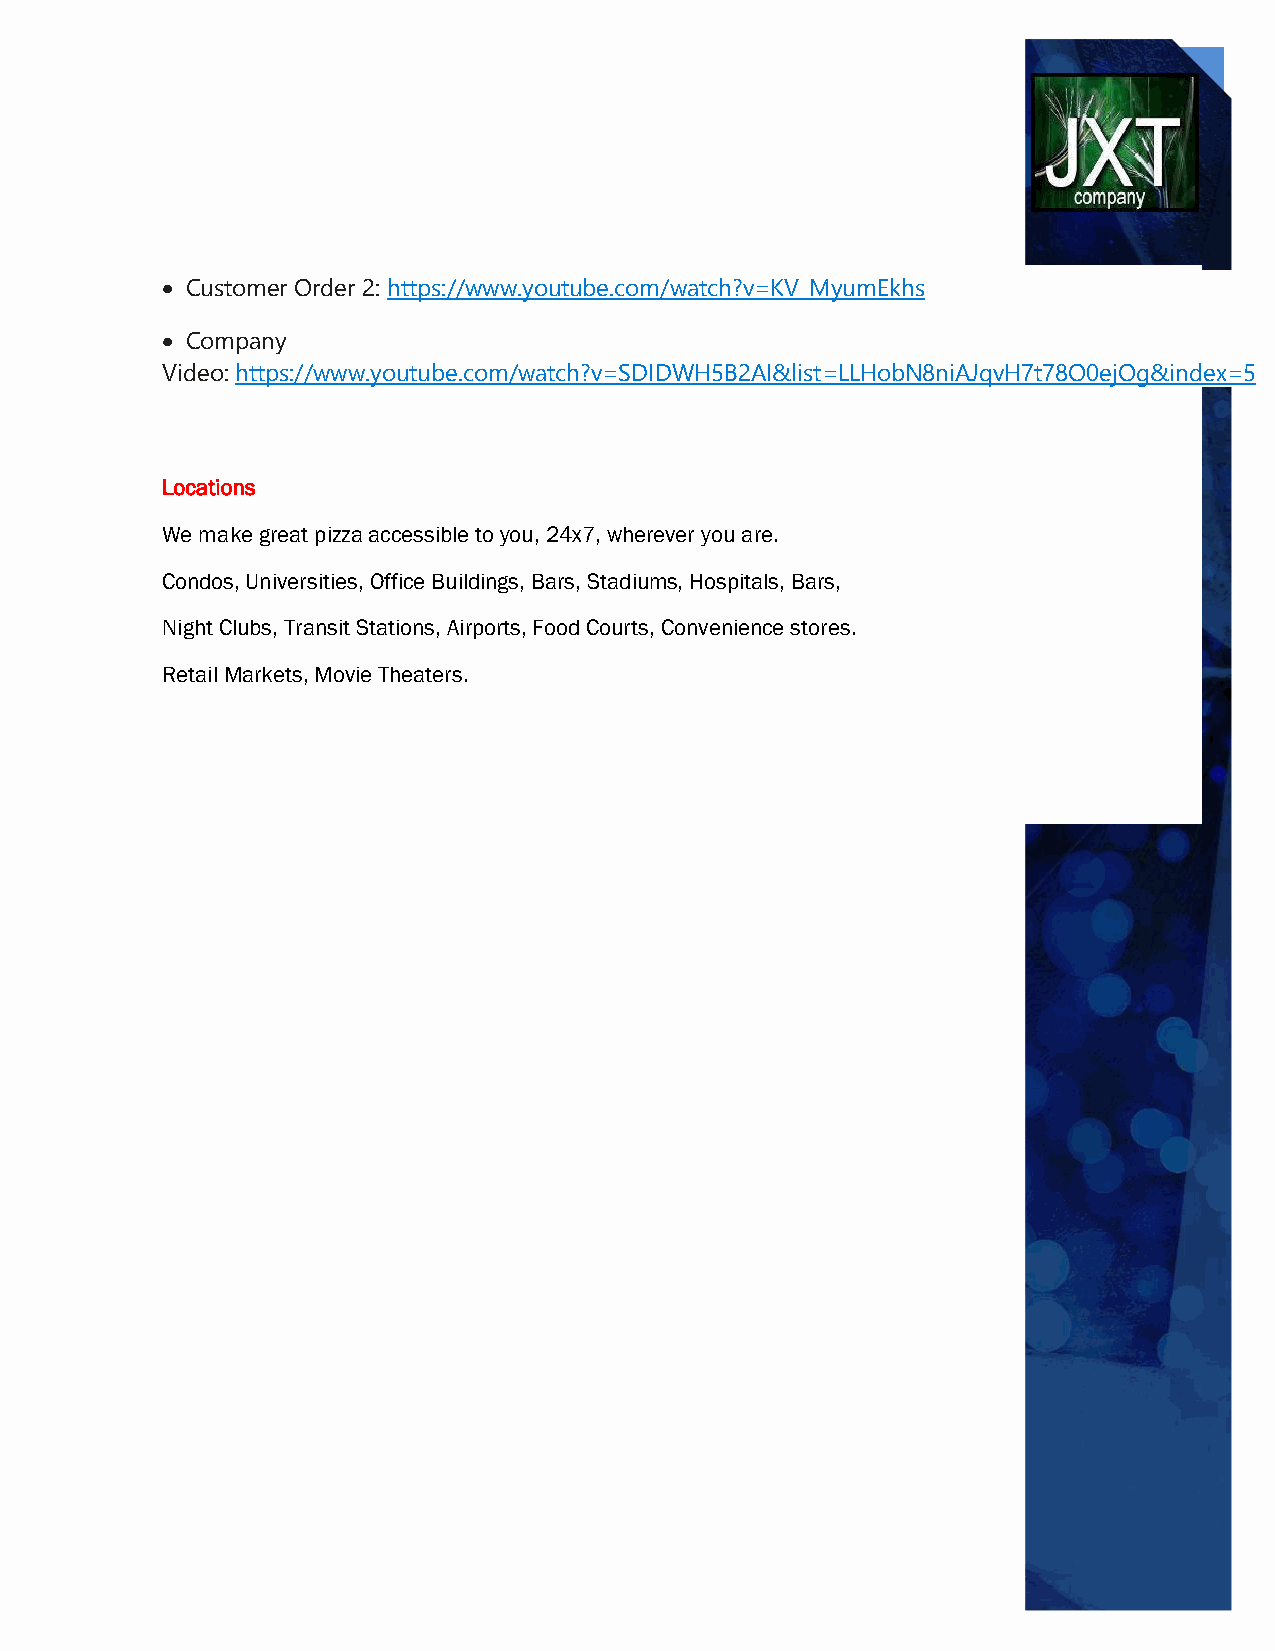
• Customer Order 2: https://www.youtube.com/watch?v=KV_MyumEkhs
 • Company
 Video: https://www.youtube.com/watch?v=SDIDWH5B2AI&list=LLHobN8niAJqvH7t78O0ejOg&index=5
 Locations
 We make great pizza accessible to you, 24x7, wherever you are.
 Condos, Universities, Office Buildings, Bars, Stadiums, Hospitals, Bars,
 Night Clubs, Transit Stations, Airports, Food Courts, Convenience stores.
 Retail Markets, Movie Theaters.